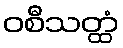
ဝစီသတ္ထံ